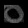
Digit: ၀